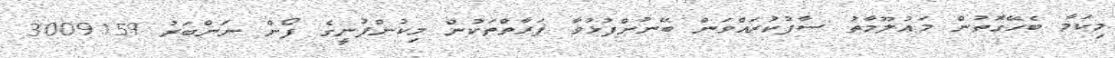
މިކަމާ ބެހޭގޮތުން މަޢުލޫމާތު ސާފުކުރައްވަން ބޭނުންފުޅުވާ ފަރާތްތަކުން މިކުންފުނީގެ ފޯން ނަންބަރު 3009159